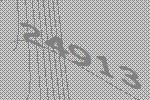
24913